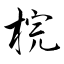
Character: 梡